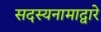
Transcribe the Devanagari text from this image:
सदस्यनामाद्वारे